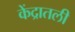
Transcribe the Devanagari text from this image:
केंद्रातली